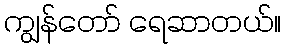
ကျွန်တော် ရေဆာတယ်။